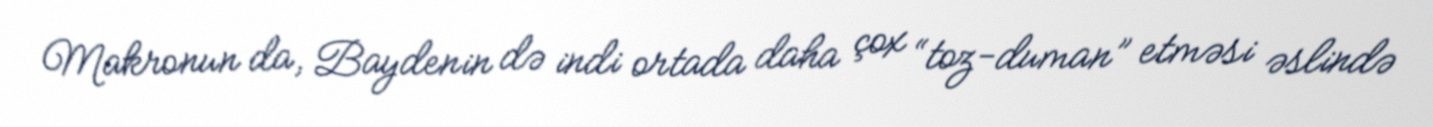
Makronun da, Baydenin də indi ortada daha çox “toz-duman” etməsi əslində